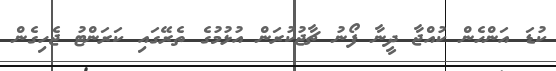
ކުޑަ އަންހެން ކުއްޖާ ދީނާ ފޯނު ޗާޖުކުރަން އުޅުމުގެ ތެރޭގައި ކަރަންޓު ޖެހިގެން